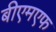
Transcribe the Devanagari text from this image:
बीएमएफ